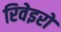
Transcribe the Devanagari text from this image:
रिवेइरो